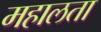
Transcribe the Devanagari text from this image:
महालता